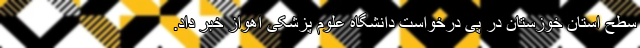
سطح استان خوزستان در پی درخواست دانشگاه علوم پزشکی اهواز خبر داد.